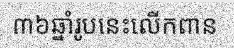
៣៦ឆ្នាំរូបនេះលើកពាន